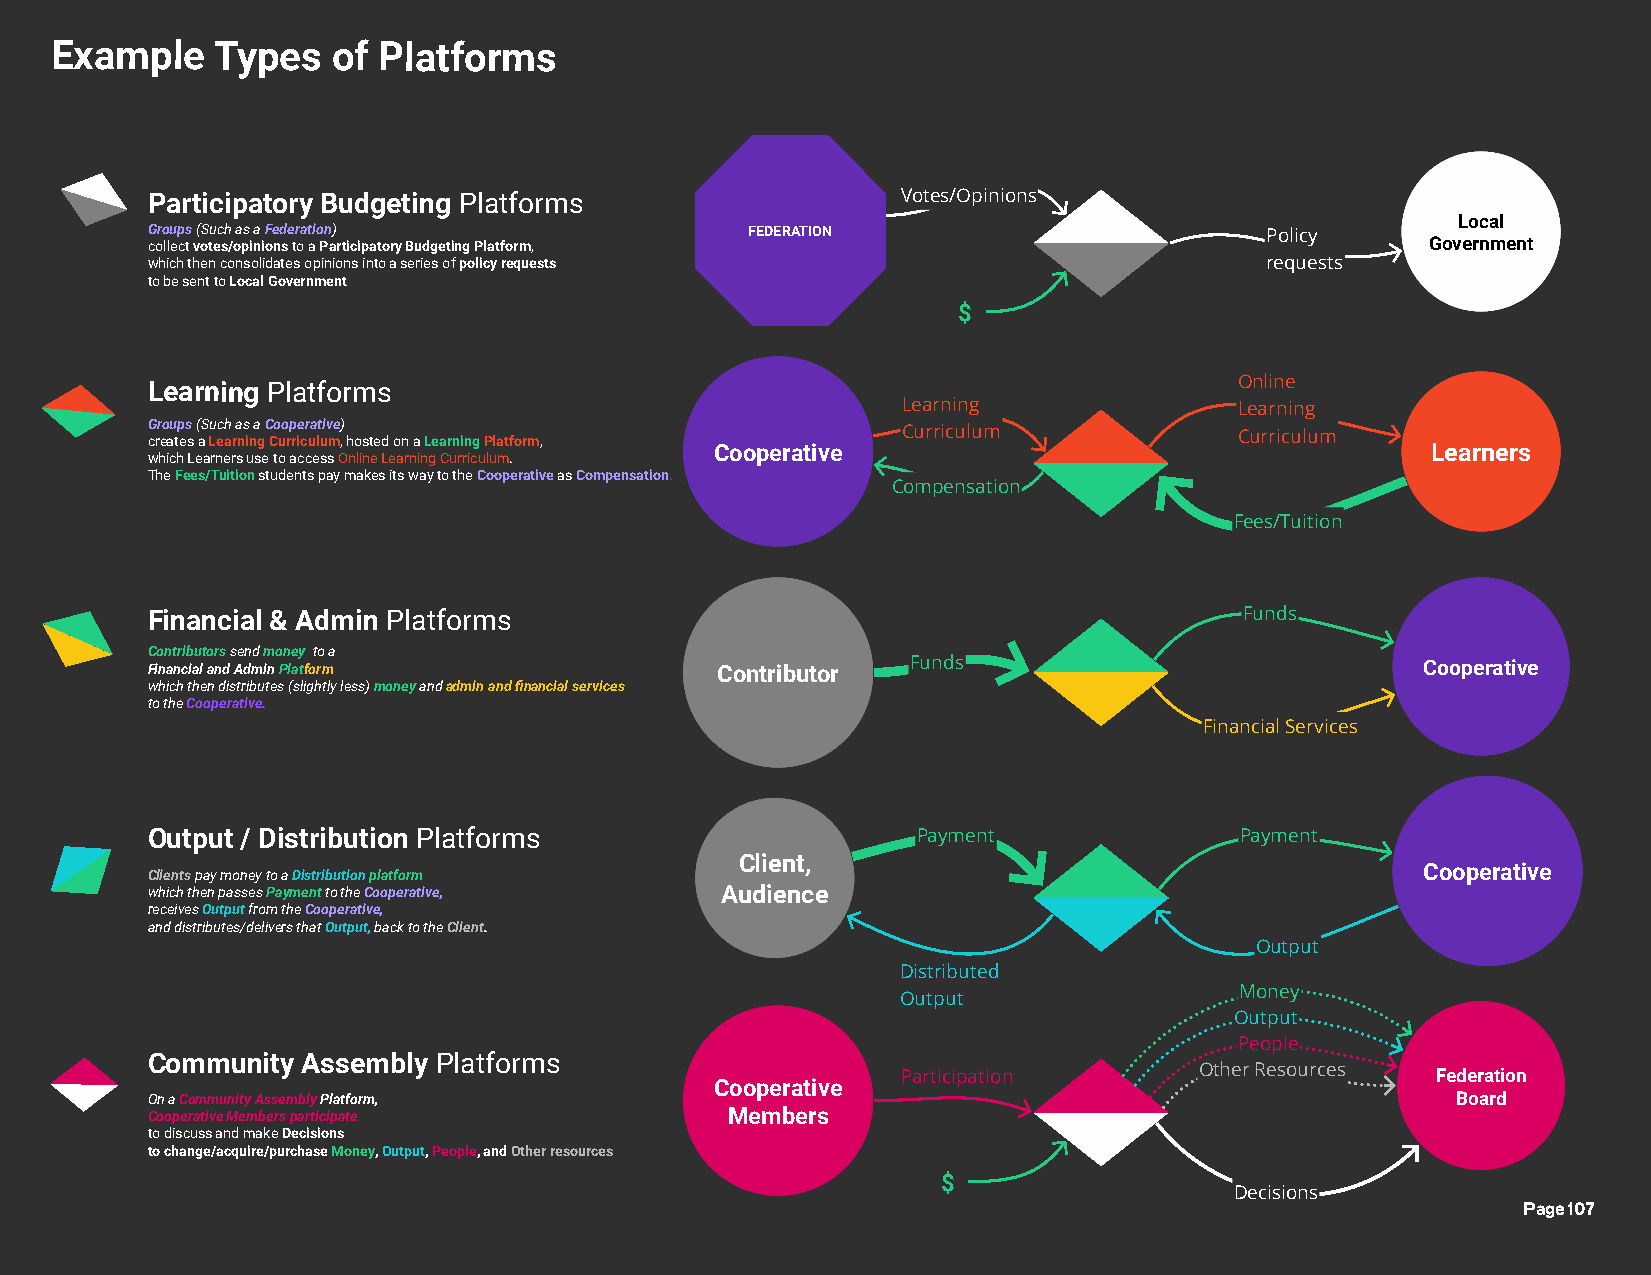
Example    Types   of Platforms
 Participatory Budgeting Platforms                 Votes/Opinions
 Local
 Groups (Such as a Federation)           FEDERATION                        Policy
 collect votes/opinions to a Participatory Budgeting Platform,                        Government
 which then consolidates opinions into a series of policy requests         requests
 to be sent to Local Government
 $
 Learning Platforms                                                      Online
 Learning              Learning
 Groups (Such as a Cooperative)                    Curriculum            Curriculum
 creates a Learning Curriculum, hosted on a Learning Platform,
 Cooperative                                     Learners
 which Learners use to access Online Learning Curriculum.
 The Fees/Tuition students pay makes its way to the Cooperative as Compensation.
 Compensation
 Fees/Tuition
 Financial & Admin Platforms                                             Funds
 Contributors send money to a
 Financial and Admin Platform         Contributor  Funds                             Cooperative
 which then distributes (slightly less) money and admin and financial services
 to the Cooperative.
 Financial Services
 Output / Distribution Platforms                    Payment              Payment
 Client,
 Clients pay money to a Distribution platform                                        Cooperative
 which then passes Payment to the Cooperative, Audience
 receives Output from the Cooperative,
 and distributes/delivers that Output, back to the Client.
 Output
 Distributed
 Money
 Output
 Output
 People
 Community Assembly Platforms
 Participation      Other Resources Federation
 Cooperative
 On a Community Assembly Platform,                                                     Board
 Cooperative Members participate       Members
 to discuss and make Decisions
 to change/acquire/purchase Money, Output, People, and Other resources
 $
 Decisions
 Page 107